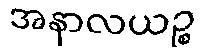
အနာလယဉ္စ